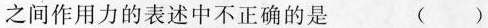
之间作用力的表述中不正确的是 ()